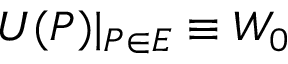
U ( P ) | _ { P \in E } \equiv W _ { 0 }